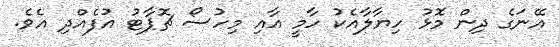
އޭނަގެ ދިން މޮޅު ހިޔާލާއެކު ހާމީ އާއި މިހުސޯ ޗޮޕާޓު އުފެއްދި އެވެ.